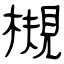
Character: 槻